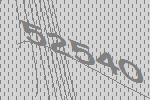
52540